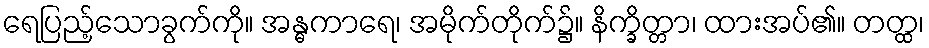
ရေပြည့်သောခွက်ကို။ အန္ဓကာရေ၊ အမိုက်တိုက်၌။ နိက္ခိတ္တာ၊ ထားအပ်၏။ တတ္ထ၊